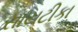
સાયટીકા